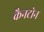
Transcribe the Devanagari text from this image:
कैनटोन